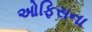
ઓફિસના